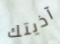
آذيتك